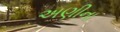
અણીના